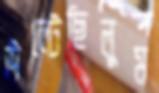
উল্‌টেছিলুম